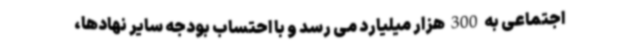
اجتماعی به 300 هزار میلیارد می رسد و با احتساب بودجه سایر نهادها،